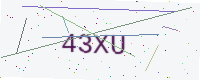
Text: 43XU